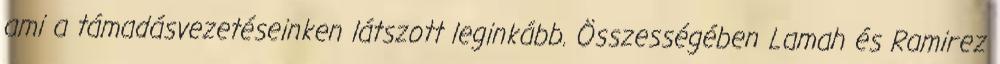
ami a támadásvezetéseinken látszott leginkább. Összességében Lamah és Ramirez